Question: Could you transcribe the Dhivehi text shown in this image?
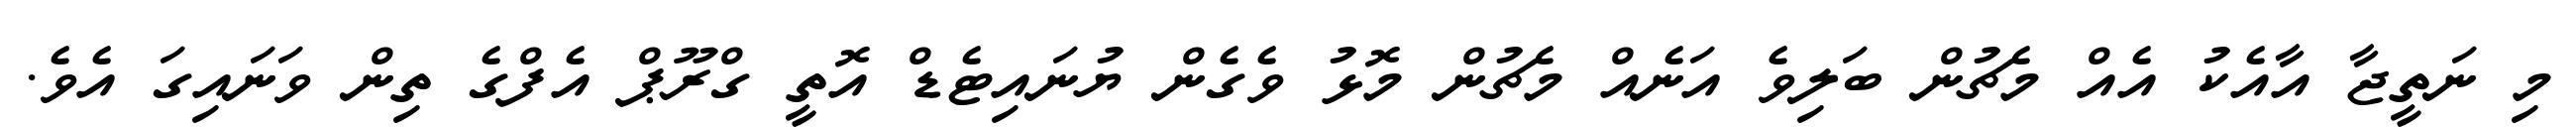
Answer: މި ނަތީޖާ އާއެކު އެއް މެޗުން ބަލިވެ އަނެއް މެޗުން މޮޅު ވެގެން ޔުނައިޓެޑް އޮތީ ގްރޫޕް އެފްގެ ތިން ވަނައިގަ އެވެ.